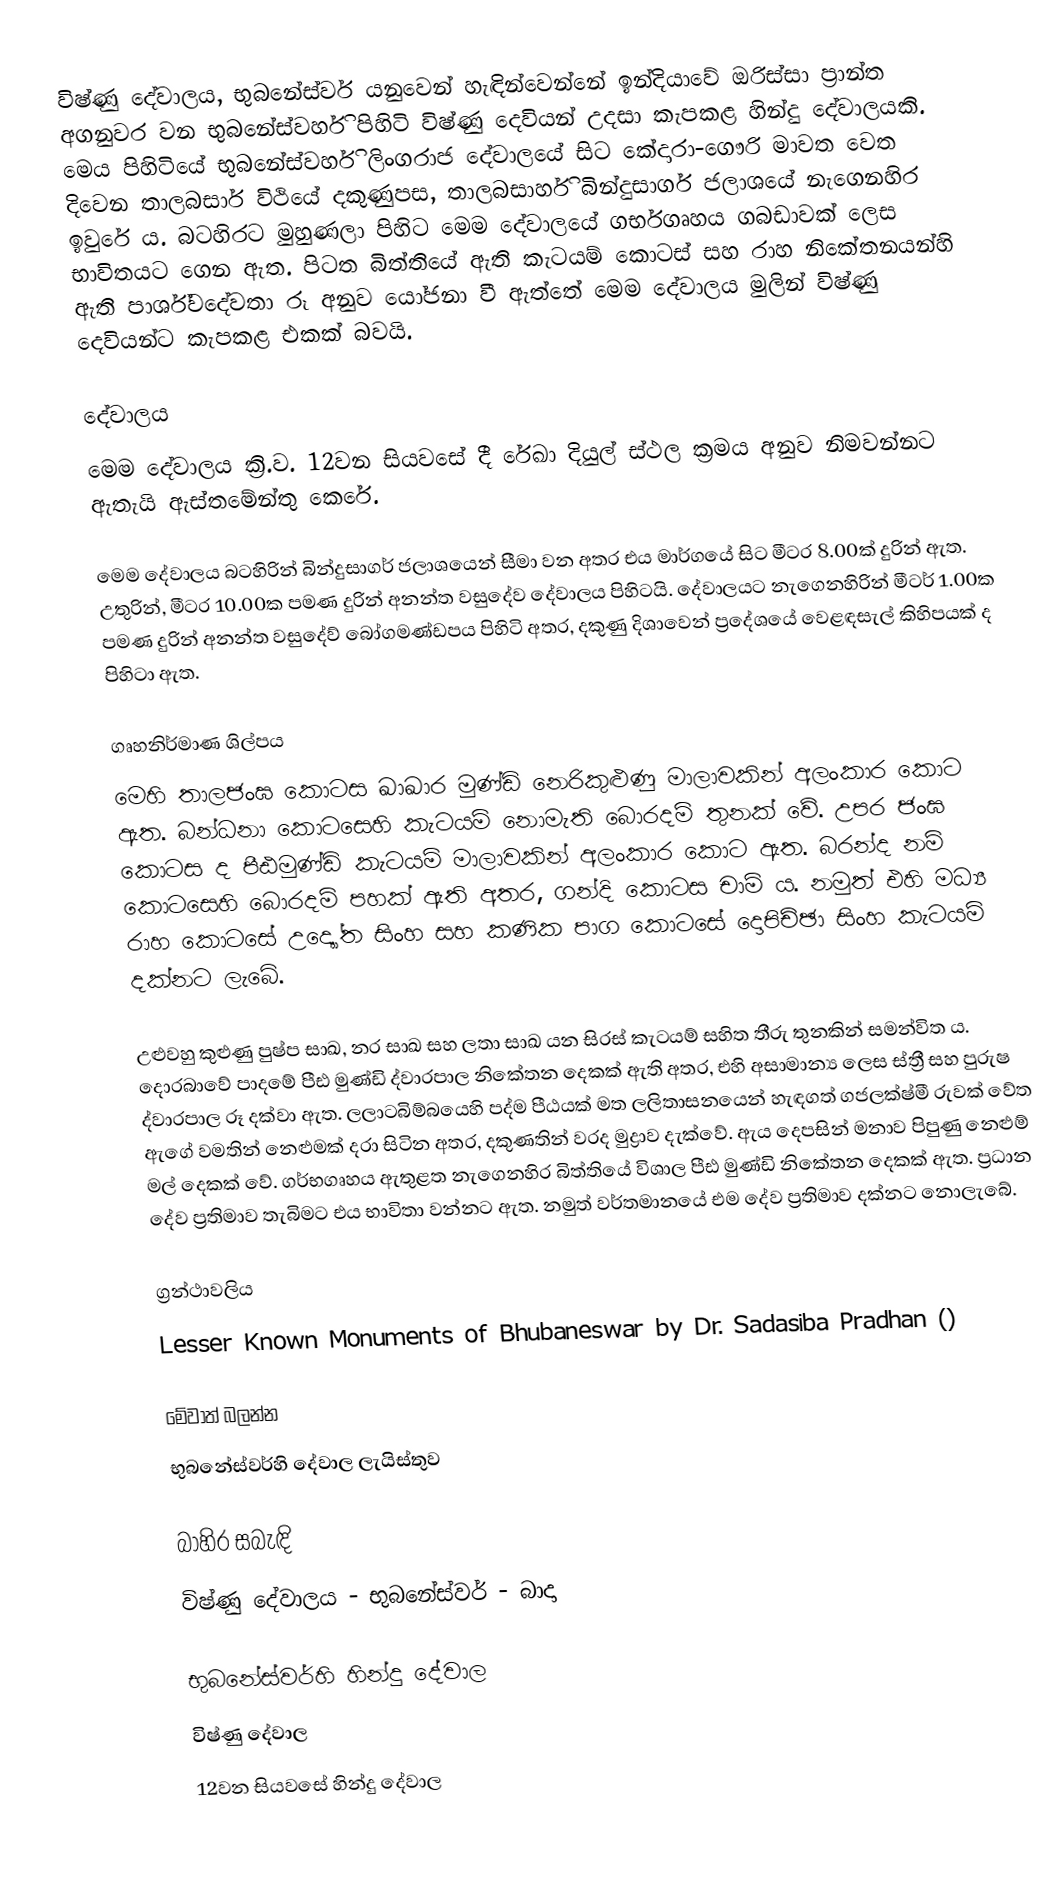
විෂ්ණු දේවාලය, භුබනේස්වර් යනුවෙන් හැඳින්වෙන්නේ ඉන්දියාවේ ඔරිස්සා ප්‍රාන්ත අගනුවර වන භුබනේස්වර්හි පිහිටි විෂ්ණු දෙවියන් උදසා කැපකළ හින්දු දේවාලයකි. මෙය පිහිටියේ  භුබනේස්වර්හි ලිංගරාජ දේවාලයේ සිට කේදාරා-ගෞරි මාවත වෙත දිවෙන තාලබසාර් විථියේ දකුණුපස, තාලබසාර්හි බින්දුසාගර් ජලාශයේ නැගෙනහිර ඉවුරේ ය. බටහිරට මුහුණලා පිහිට මෙම දේවාලයේ ගර්භගෘහය ගබඩාවක් ලෙස භාවිතයට ගෙන ඇත. පිටත බිත්තියේ ඇති කැටයම් කොටස් සහ රාහ නිකේතනයන්හි ඇති පාර්ශ්වදේවතා රූ අනුව යෝජනා වී ඇත්තේ මෙම දේවාලය මුලින් විෂ්ණු දෙවියන්ට කැපකළ එකක් බවයි.

දේවාලය
මෙම දේවාලය ක්‍රි.ව. 12වන සියවසේ දී රේඛා දියුල් ස්ථල ක්‍රමය අනුව නිමවන්නට ඇතැයි ඇස්තමේන්තු කෙරේ.

මෙම දේවාලය බටහිරින් බින්දුසාගර් ජලාශයෙන් සීමා වන අතර එය මාර්ගයේ සිට මීටර 8.00ක් දුරින් ඇත. උතුරින්, මීටර 10.00ක පමණ දුරින් අනන්ත වසුදේව දේවාලය පිහිටයි. දේවාලයට නැගෙනහිරින් මීටර් 1.00ක පමණ දුරින් අනන්ත වසුදේව් බෝගමණ්ඩපය පිහිටි අතර, දකුණු දිශාවෙන් ප්‍රදේශයේ වෙළඳසැල් කිහිපයක් ද පිහිටා ඇත.

ගෘහනිර්මාණ ශිල්පය
මෙහි තාලජංඝ කොටස ඛාඛාර මුණ්ඩි නෙරිකුළුණු මාලාවකින් අලංකාර කොට ඇත. බන්ධනා කොටසෙහි කැටයම් නොමැති බොරදම් තුනක් වේ. උපර ජංඝ කොටස ද පීඪමුණ්ඩි කැටයම් මාලාවකින් අලංකාර කොට ඇත. බරන්ද නම් කොටසෙහි බොරදම් පහක් ඇති අතර, ගන්දි කොටස චාම් ය. නමුත් එහි මධ්‍ය රාහ කොටසේ උද්‍යෝත සිංහ සහ කණික පාග කොටසේ දොපිච්ඡා සිංහ කැටයම් දක්නට ලැබේ.

උළුවහු කුළුණු පුෂ්ප සාඛ, නර සාඛ සහ ලතා සාඛ යන සිරස් කැටයම් සහිත තීරු තුනකින් සමන්විත ය. දොරබාවේ පාදමේ පීඪ මුණ්ඩි ද්වාරපාල නිකේතන දෙකක් ඇති අතර, එහි අසාමාන්‍ය ලෙස ස්ත්‍රී සහ පුරුෂ ද්වාරපාල රූ දක්වා ඇත. ලලාටබිම්බයෙහි පද්ම පීඨයක් මත ලලිතාසනයෙන් හැඳගත් ගජලක්ෂ්මී රුවක් වේත ඇගේ වමතින් නෙළුමක් දරා සිටින අතර, දකුණතින් වරද මුද්‍රාව දැක්වේ. ඇය දෙපසින් මනාව පිපුණු නෙළුම් මල් දෙකක් වේ. ගර්භගෘහය ඇතුළත නැගෙනහිර බිත්තියේ විශාල පීඪ මුණ්ඩි නිකේතන දෙකක් ඇත. ප්‍රධාන දේව ප්‍රතිමාව තැබිමට එය භාවිතා වන්නට ඇත. නමුත් වර්තමානයේ එම දේව ප්‍රතිමාව දක්නට නොලැබේ.

ග්‍රන්ථාවලිය
 Lesser Known Monuments of Bhubaneswar by Dr. Sadasiba Pradhan ()

මේවාත් බලන්න
 භුබනේස්වර්හි දේවාල ලැයිස්තුව

බාහිර සබැඳි
 විෂ්ණු දේවාලය - භුබනේස්වර් - බාදා

භුබනේස්වර්හි හින්දු දේවාල
විෂ්ණු දේවාල
12වන සියවසේ හින්දු දේවාල